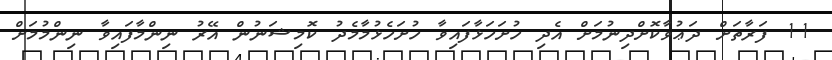
11 ފަރާތަށް ދަޢުވާކޮށްދިނުމަށް އެދި ހުށަހަޅާފައިވާ ހުށަހެޅުމާމެދު ކޮމިޝަނުން އޭރު ނިންމާފައިވާ ނިންމުމަށް